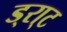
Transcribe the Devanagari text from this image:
ड्रा्ट